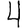
Digit: 4